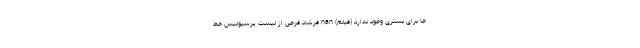
جا برای بستری وجود ندارد (فیلم) nan فرشاد فرجی از لیست پرسپولیس خط